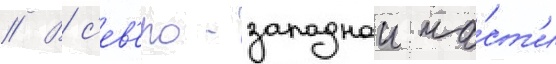
// В с'ев'еро-западнои ча́ст'и